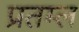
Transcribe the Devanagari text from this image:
प्रतम्ल